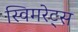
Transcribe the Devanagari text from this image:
स्विमरेट्स